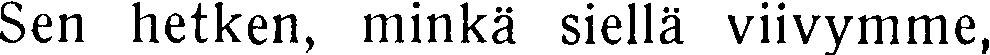
Sen hetken, minkä siellä viivymme,